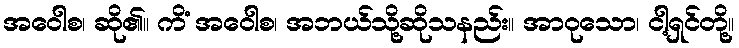
အဝေါစ၊ ဆို၏။ ကိံ အဝေါစ၊ အဘယ်သို့ဆိုသနည်း။ အာဝုသော၊ ငါ့ရှင်တို့။